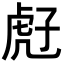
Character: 𧆰